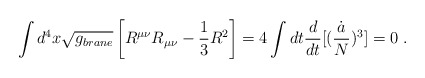
\begin{align*}\int d^4 x \sqrt{g_{brane}} \left[ R^{\mu\nu} R_{\mu\nu} -{1\over 3}R^2 \right] = 4 \int dt {d\over dt}[({\dot{a} \over N})^3] =0 \ .\end{align*}